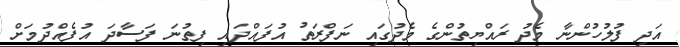
އަދި ފުލުހުންނާ މެދު ރައްޔިތުންގެ މެދުގައި ނަފްރަތު އުފައްދައި ފިތުނަ ފަސާދަ އުފެއްދުމަށް